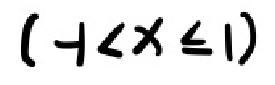
$(-1 < x\leq1)$